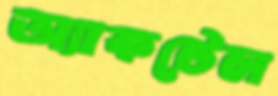
অ্যাকটেল